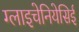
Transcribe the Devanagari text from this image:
ग्लाइचेनियेसिई